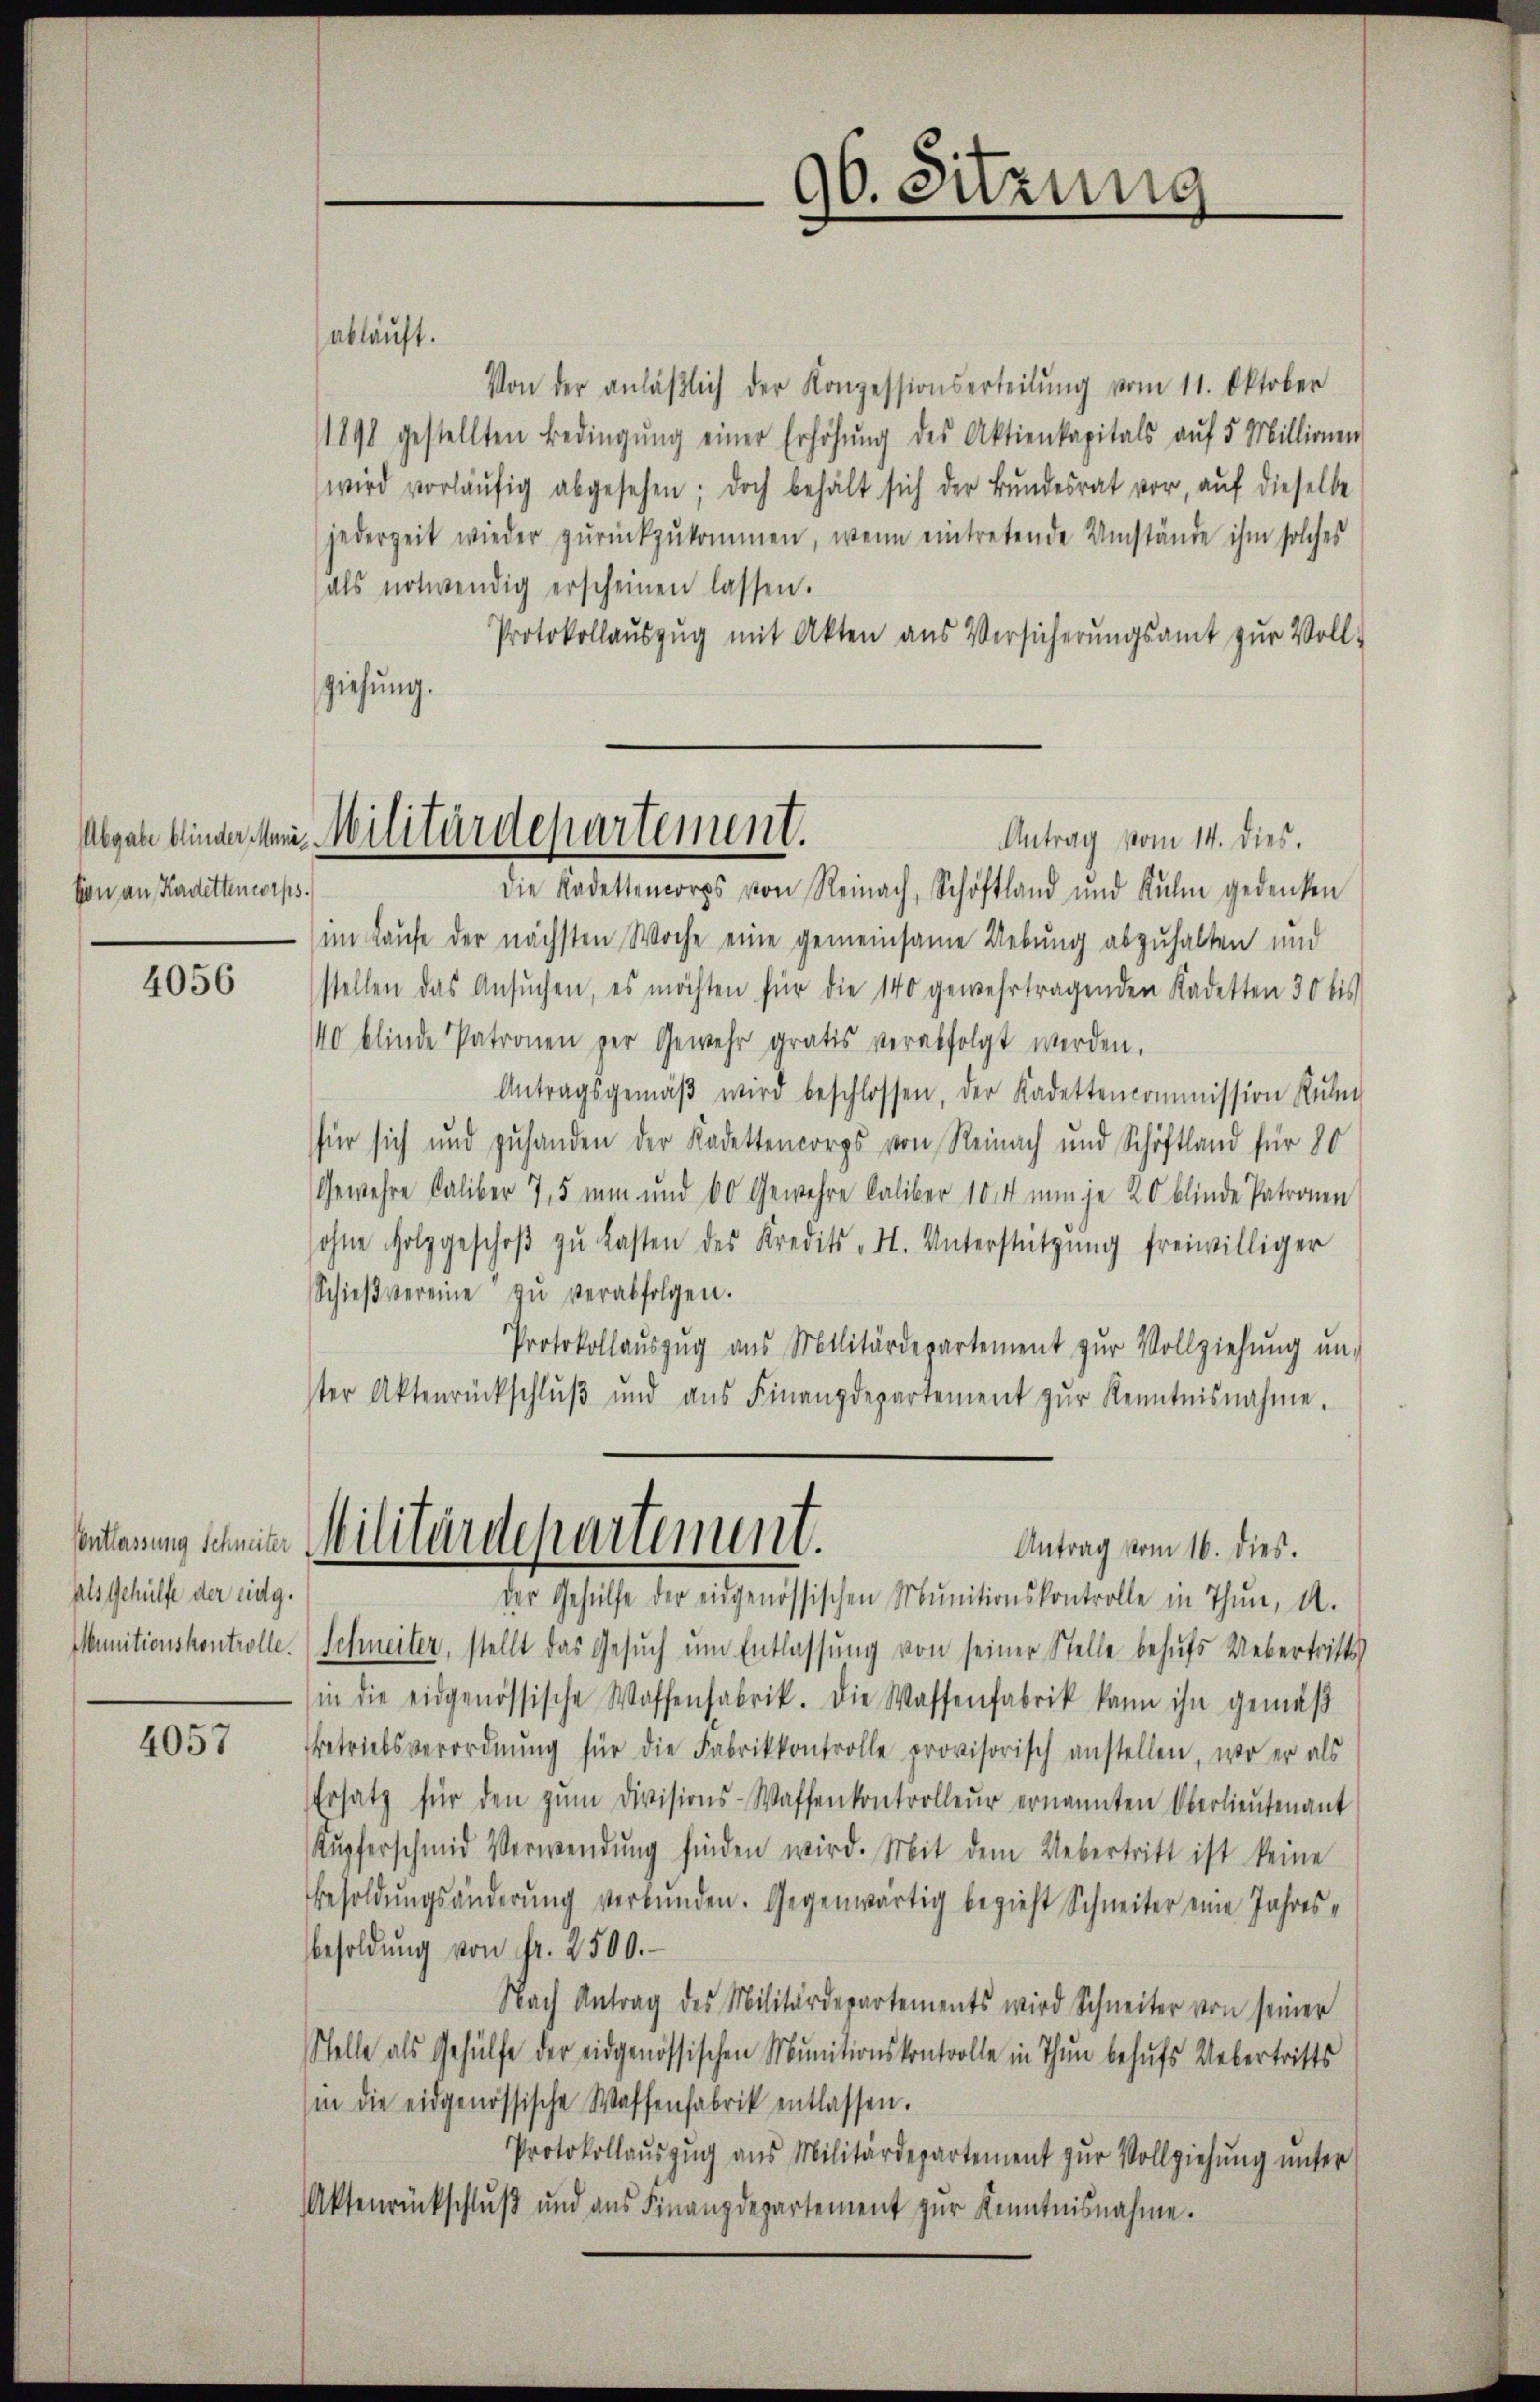
von an Kadettencorps.

4056

Entlassung Schneiter
als Gehülfe der eidg.
Munitionskontrolle.

4057

ablauft.
Von der anläβlich der Konzessionserteilŭng vom 11. Oktober
1898 gestellten Bedingŭng einer Erhöhŭng des Aktienkapitals aŭf 5 Millionen
wird vorläŭfig abgesehen; doch behält sich der Bŭndesrat vor, aŭf dieselbe
jederzeit wieder zŭrückzŭkommen, wenn eintretende Umstände ihm solches
als notwendig erscheinen lassen.
Protokollauszug mit Akten aus Versicherungsamt zur Voll-
ziehung.
die Kadettencorps von Reinach, Schöftland und Kulm gedenken
im Laufe der nächsten Woche eine gemeinsame Uebung abzuhalten und
stellen das Ansŭchen, es möchten für die 140 gewehrtragenden Kadetten 30 bis
40 blinde Patronen der Gewehr gratis verabfolgt werden.
Antragsgemäβ wird beschlossen, der Kadettencommission Rŭhe
für sich und zuhanden der Kadettencorps von Reinach und Schöftland für 80
Gewehre Caliber 7,5 nun und 60 Gewehre Caliber 1004 nun je 20 blinde Patronen
sohne Holzgeschoβ zŭ lasten des Kredits - H. Unterstützŭng freiwilliger
Schieβ vereine zŭ verabfolgen.
Protokollaŭszŭg aŭs Militärdepartement zŭr Vollziehŭng ŭn-
ster Aktenrückschlŭβ ŭnd aŭs Finanzdepartement zŭr Kenntnisnahme.
Militärdepartement.
Antrag vom 16. dies.
der Gehülfe der eidgenössischen Munitionskontrolle in Thun, d.
Schmeiler, stellt das Gesuch um Entlassung von seiner Stelle behufs Uebertritts
in die eidgenössische Waffenfabrik. Die Waffenfabrik kann ihn gemäβ
Betriebsverordnŭng für die Fabrikkontrolle provisorisch anstellen, wo er als
Ersatz für den zŭm Divisions-Waffenkontrolleur ernannten Oberlieŭtenant
Kupferschmid Verwendŭng finden wird. Mit dem Uebertritt ist keine
Besoldungsänderung verbunden. Gegenwärtig bezieht Schneiter eine Jahresbesoldŭng von Fr. 2500.
Nach Antrag des Militärdepartements wird Schneiter von seiner
Stelle als Gehülfe der eidgenössischen Munitionskontrolle in Thun behŭfs Uebertritts
(in die eidgenössische Waffenfabrik entlassen.
Protokollaŭszŭg aŭs Militärdepartement zŭr Vollziehŭng ŭnter
Aktenrückschlŭβ ŭnd aŭs Finanzdepartement zŭr Kenntnisnahme.

96. Sitzung

Abgab kinder Man Militärdepartement.
Antrag vom 14. dies.